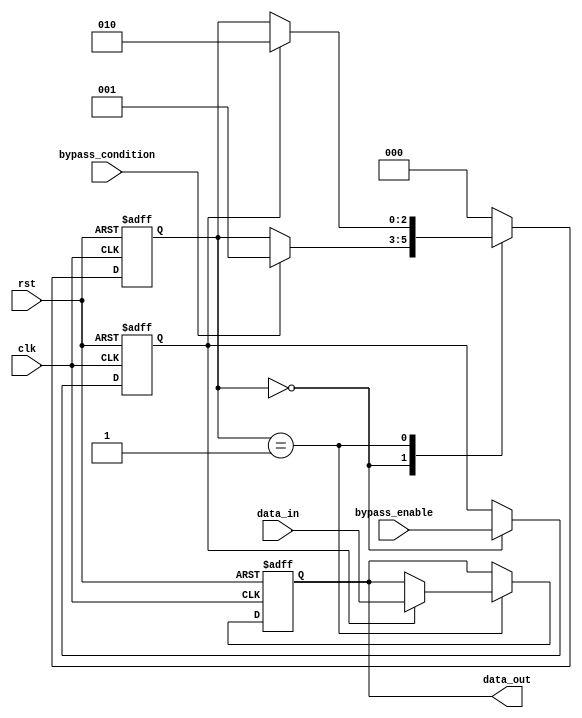
module Simple_Bypass_Register(
  input clk,
  input rst,
  input bypass_enable,
  input bypass_condition,
  input [31:0] data_in,
  output reg [31:0] data_out
);

reg bypass_enable_sync;
reg [2:0] state;

always @(posedge clk or posedge rst) begin
  if (rst) begin
    state <= 0;
    bypass_enable_sync <= 0;
    data_out <= 0;
  end else begin
    case (state)
      0: begin
        bypass_enable_sync <= bypass_enable;
        if (bypass_condition) begin
          state <= 1;
        end
      end
      1: begin
        if (bypass_enable_sync) begin
          data_out <= data_in;
          state <= 2;
        end
      end
      2: begin
        data_out <= data_out;
        state <= 0;
      end
      default: begin
        state <= 0;
      end
    endcase
  end
end

endmodule